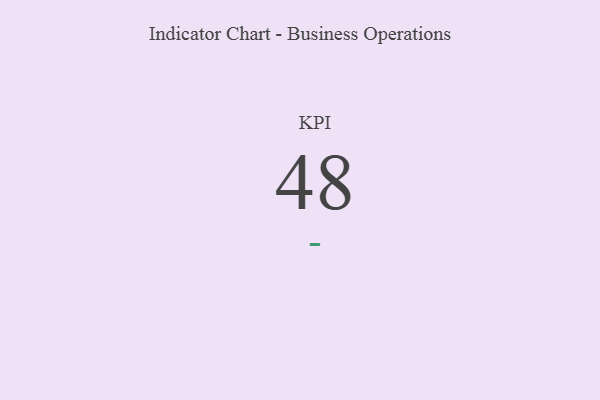
{"axis": {"x": "KPI", "y": "Value"}, "legend": [""], "data": [{"x": "KPI", "y": 48, "type": ""}]}